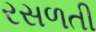
રસળતી